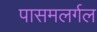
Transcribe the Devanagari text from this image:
पासमलर्गल